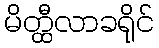
မိတ္ထီလာခရိုင်